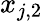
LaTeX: x_{j,2}